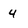
Character: 4